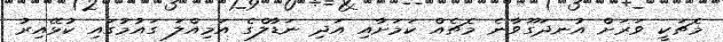
މެޗަކީ ވަރަށް އުނދަގޫވާނެ މެޗެއް ކަމަށާއި އަދި ނަޑާލްގެ އަމިއްލަ ގައުމުގައި ކުޅޭއިރު